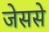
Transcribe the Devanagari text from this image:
जेससे